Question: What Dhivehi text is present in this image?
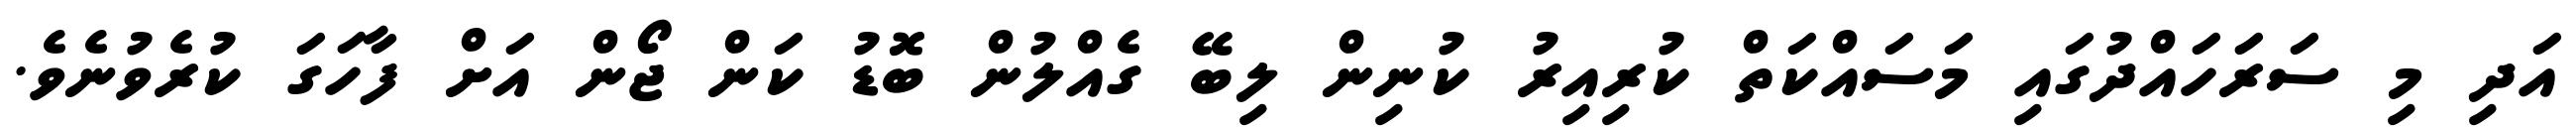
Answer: އަދި މި ސަރަހައްދުގައި މަސައްކަތް ކުރިއިރު ކުނިން ލިބޭ ގެއްލުން ބޮޑު ކަން ޖޯން އަށް ފާހަގަ ކުރެވުނެވެ.